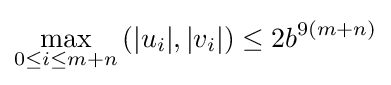
\max _{0\leq i\leq m+n}{(|u_{i}|,|v_{i}|)}\leq 2b^{9(m+n)}